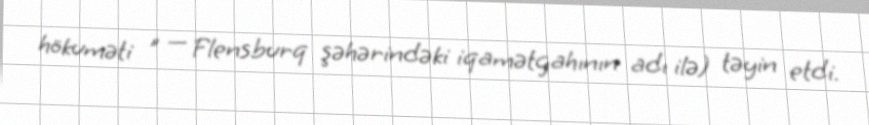
hökuməti " — Flensburq şəhərindəki iqamətgahının adı ilə) təyin etdi.